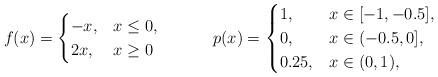
LaTeX: \begin{align*}f(x) &=\begin{cases}-x, & x\leq 0, \\2x, & x\geq 0\end{cases}&p(x) &= \begin{cases}1, & x\in[-1,-0.5], \\0, & x\in(-0.5,0], \\0.25, & x\in(0,1),\end{cases}\end{align*}